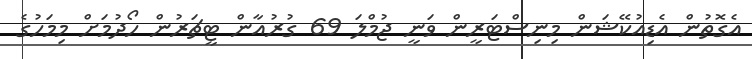
އެގޮތުން އެޑިއުކޭޝަން މިނިސްޓަރީން ވަނީ ޖުމްލަ 69 ގުރުއާން ޓީޗަރުން ހޯދުމަށް މިމަހުގެ